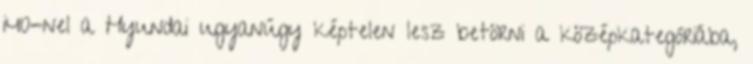
i40-nel a Hyundai ugyanúgy képtelen lesz betörni a középkategóriába,